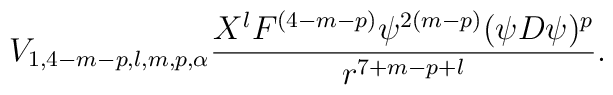
V_{1,  4-m-p, l, m, p, \alpha} \frac{X^l  F^{(4-m-p)} \psi^{2(m-p)} (\psi D \psi)^p}{ r^{7 + m-p+ l}}.